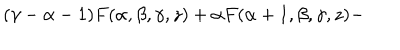
( \gamma - \alpha - 1 ) F ( \alpha , \beta , \gamma , z ) + \alpha F ( \alpha + 1 , \beta , \gamma , z ) -